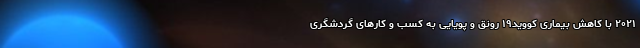
۲۰۲۱ با کاهش بیماری کووید۱۹ رونق و پویایی به کسب و کارهای گردشگری